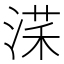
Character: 㴕